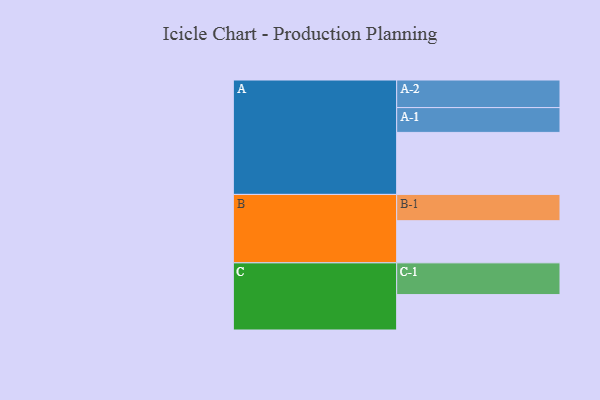
{"axis": {"x": "Segment", "y": "Value"}, "legend": ["", "A", "B", "C"], "data": [{"x": "A", "y": 580, "type": ""}, {"x": "B", "y": 394, "type": ""}, {"x": "C", "y": 331, "type": ""}, {"x": "A-1", "y": 232, "type": "A"}, {"x": "A-2", "y": 258, "type": "A"}, {"x": "B-1", "y": 246, "type": "B"}, {"x": "C-1", "y": 297, "type": "C"}]}